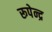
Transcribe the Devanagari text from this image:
रूपेन्द्र